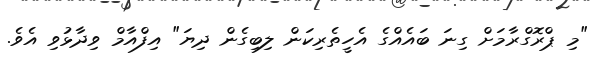
"މި ޕްރޮގްރާމަށް ގިނަ ބައެއްގެ އެހީތެރިކަން ލިބިގެން ދިޔަ" އިފްއާމް ވިދާޅުވި އެވެ.